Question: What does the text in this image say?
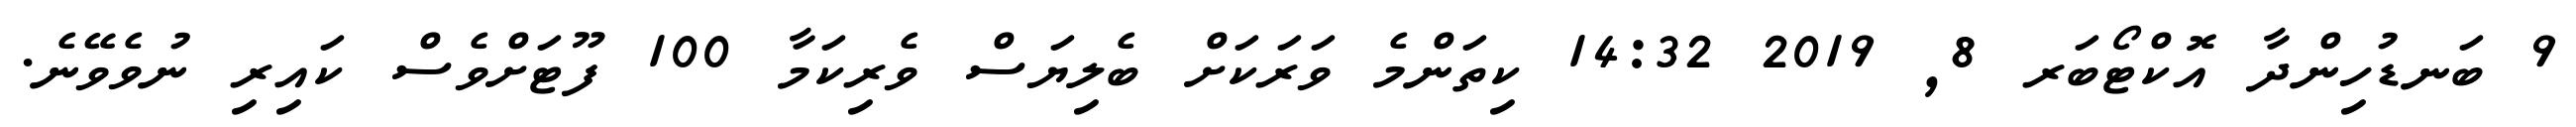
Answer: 9 ބަނޑުހިންދާ އޮކްޓޯބަރ 8, 2019 14:32 ކިތަންމެ ވަރަކަށް ބެލިޔަސް ވެރިކަމާ 100 ފޫޓަށްވެސް ކައިރި ނުވެވޭނެ.